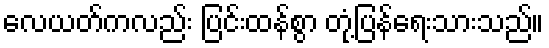
လေယတ်ကလည်း ပြင်းထန်စွာ တုံ့ပြန်ရေးသားသည်။